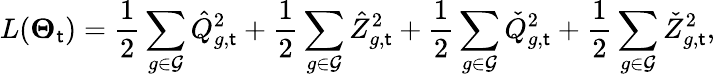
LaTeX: L(\boldsymbol{\Theta}_{\mathsf{t}})=\frac{{1}}{{2}}\sum_{g\in{\mathcal{{G}}}}\hat{{Q}}_{g,\mathsf{t}}^{2}+\frac{{1}}{{2}}\sum_{g\in{\mathcal{{G}}}}\hat{{Z}}_{g,\mathsf{t}}^{2}+\frac{{1}}{{2}}\sum_{g\in{\mathcal{{G}}}}\check{{Q}}_{g,\mathsf{t}}^{2}+\frac{{1}}{{2}}\sum_{g\in{\mathcal{{G}}}}\check{{Z}}_{g,\mathsf{t}}^{2},